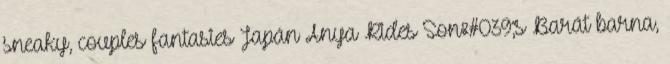
sneaky, couples fantasies Japán Anya Rides Son&#039;s Barát barna,